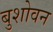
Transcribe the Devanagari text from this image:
बुशोवन